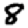
Digit: 8